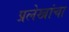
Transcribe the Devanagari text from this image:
प्रलेखांचा